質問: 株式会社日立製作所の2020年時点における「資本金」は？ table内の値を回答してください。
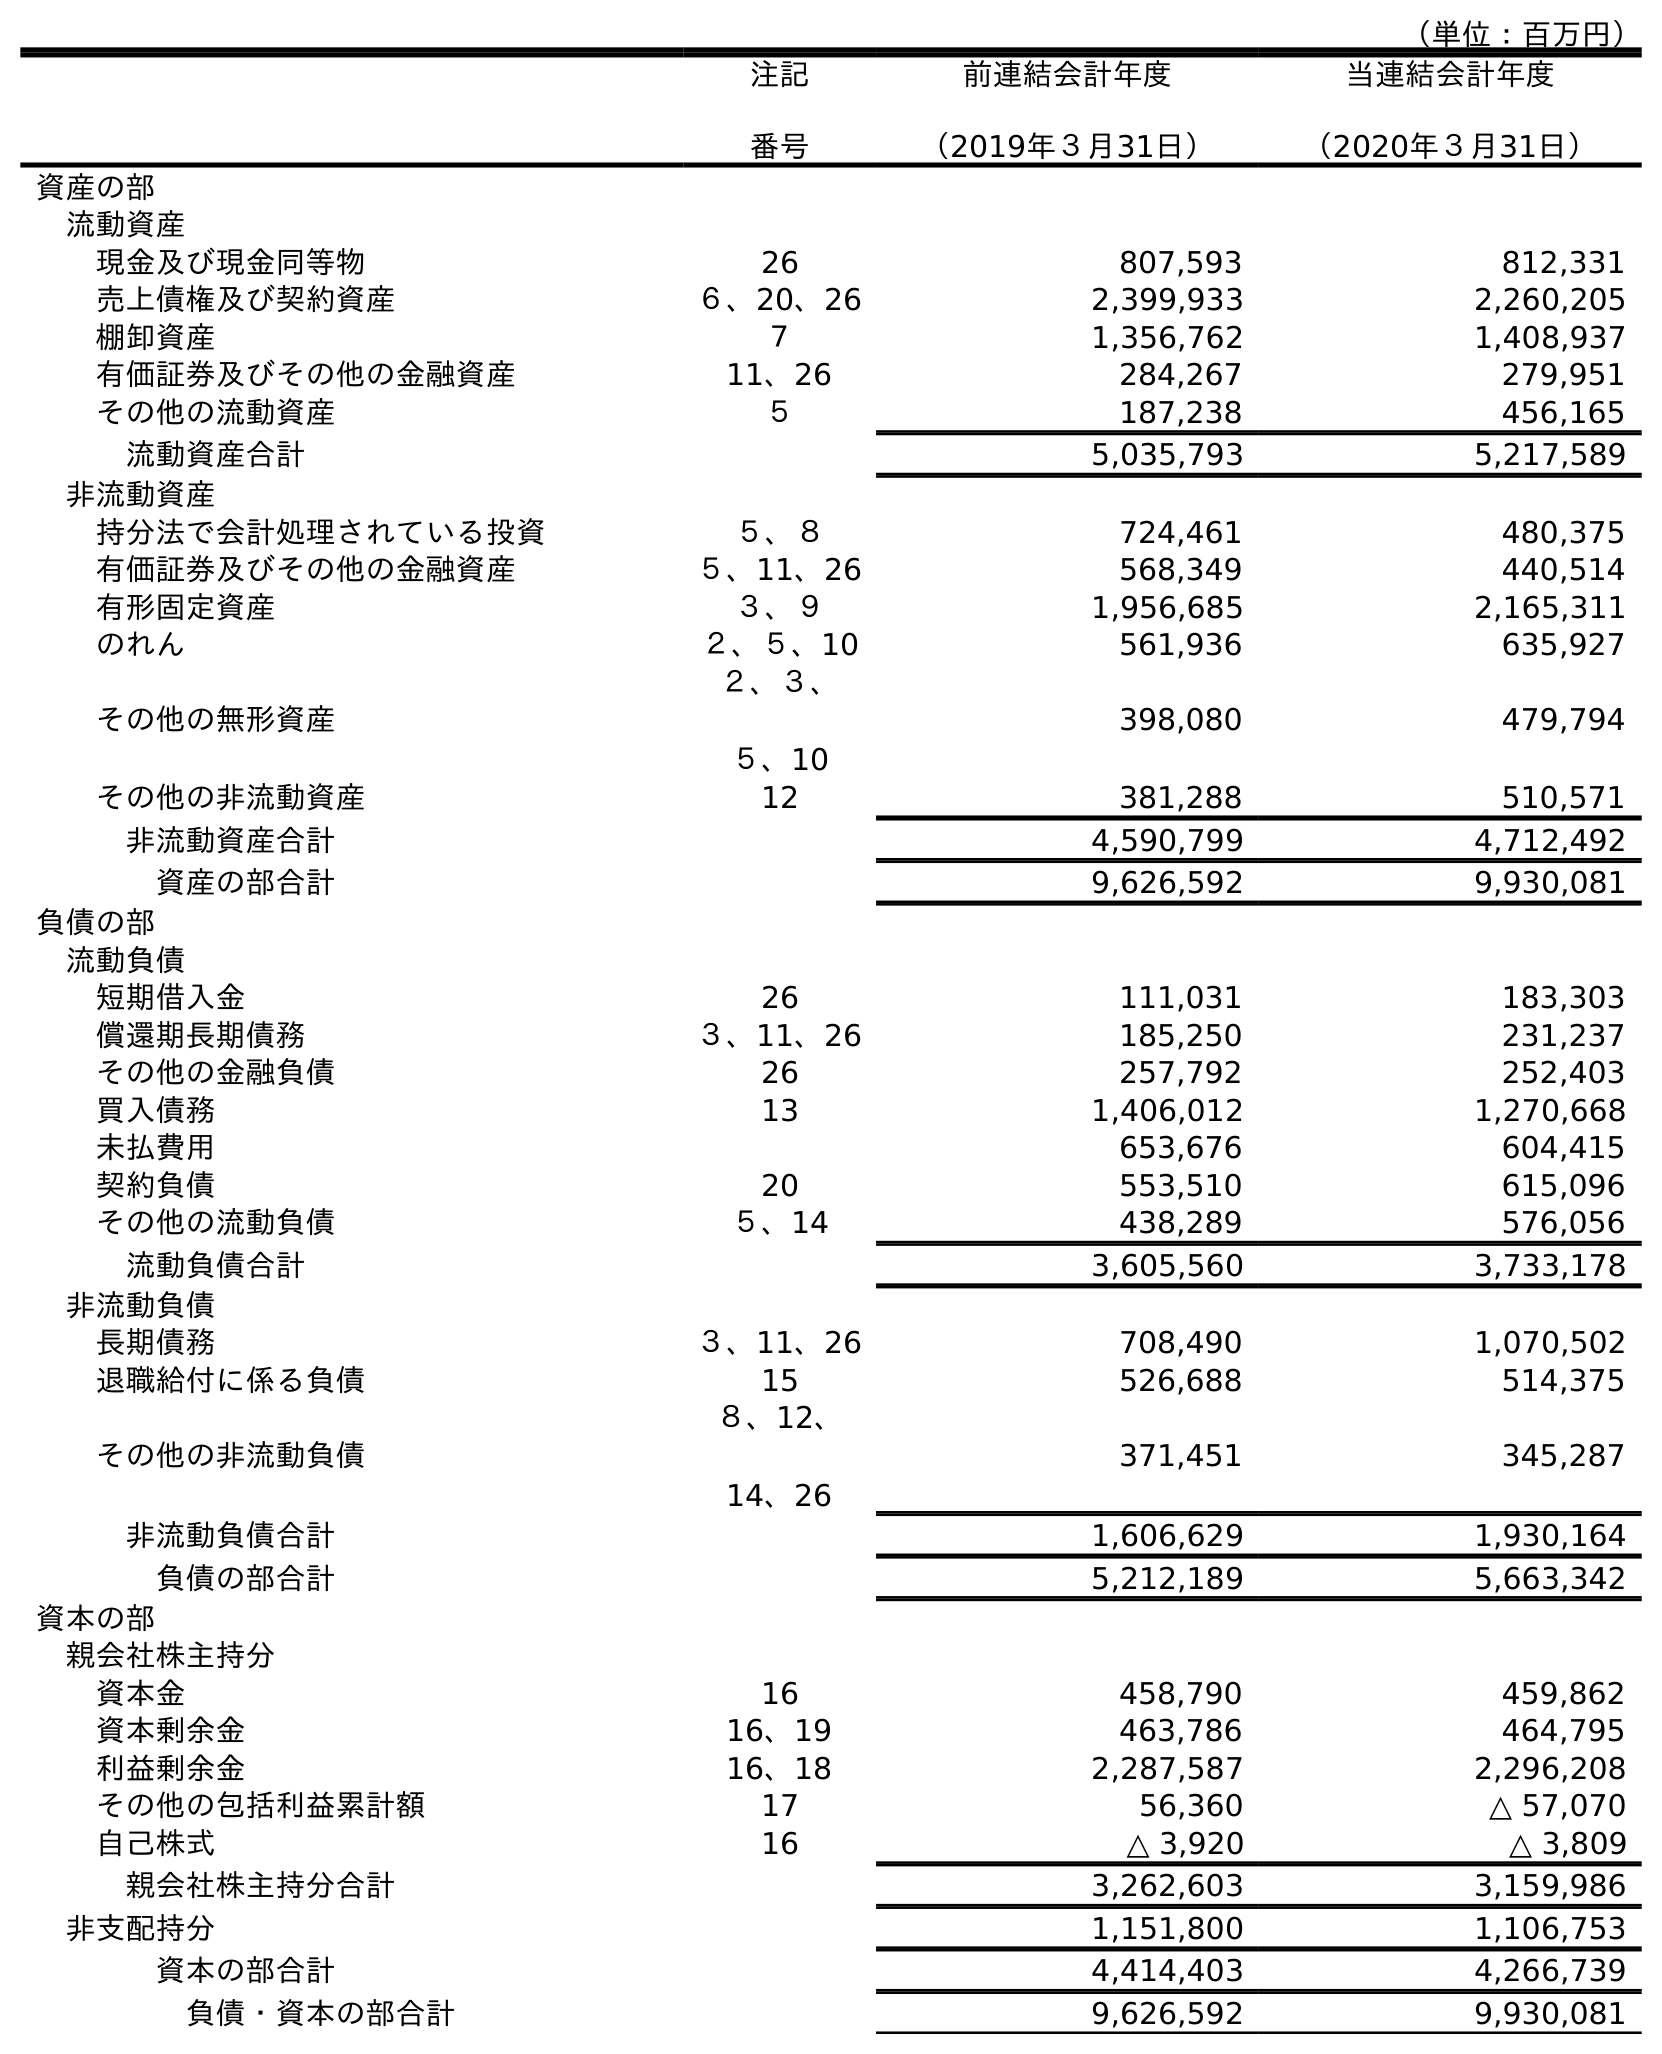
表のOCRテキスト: （単位：百万円） 注記 番号 前連結会計年度 （2019年３月31日） 当連結会計年度 （2020年３月31日） 資産の部 流動資産 現金及び現金同等物 26 807,593 812,331 売上債権及び契約資産 ６、20、26 2,399,933 2,260,205 棚卸資産 ７ 1,356,762 1,408,937 有価証券及びその他の金融資産 11、26 284,267 279,951 その他の流動資産 ５ 187,238 456,165 流動資産合計 5,035,793 5,217,589 非流動資産 持分法で会計処理されている投資 ５、８ 724,461 480,375 有価証券及びその他の金融資産 ５、11、26 568,349 440,514 有形固定資産 ３、９ 1,956,685 2,165,311 のれん ２、５、10 561,936 635,927 その他の無形資産 ２、３、 ５、10 398,080 479,794 その他の非流動資産 12 381,288 510,571 非流動資産合計 4,590,799 4,712,492 資産の部合計 9,626,592 9,930,081 負債の部 流動負債 短期借入金 26 111,031 183,303 償還期長期債務 ３、11、26 185,250 231,237 その他の金融負債 26 257,792 252,403 買入債務 13 1,406,012 1,270,668 未払費用 653,676 604,415 契約負債 20 553,510 615,096 その他の流動負債 ５、14 438,289 576,056 流動負債合計 3,605,560 3,733,178 非流動負債 長期債務 ３、11、26 708,490 1,070,502 退職給付に係る負債 15 526,688 514,375 その他の非流動負債 ８、12、 14、26 371,451 345,287 非流動負債合計 1,606,629 1,930,164 負債の部合計 5,212,189 5,663,342 資本の部 親会社株主持分 資本金 16 458,790 459,862 資本剰余金 16、19 463,786 464,795 利益剰余金 16、18 2,287,587 2,296,208 その他の包括利益累計額 17 56,360 △ 57,070 自己株式 16 △ 3,920 △ 3,809 親会社株主持分合計 3,262,603 3,159,986 非支配持分 1,151,800 1,106,753 資本の部合計 4,414,403 4,266,739 負債・資本の部合計 9,626,592 9,930,081
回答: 459,862